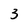
Character: 3